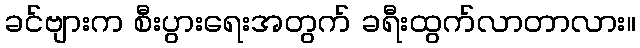
ခင်ဗျားက စီးပွားရေးအတွက် ခရီးထွက်လာတာလား။